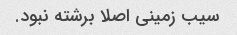
سیب زمینی اصلا برشته نبود.